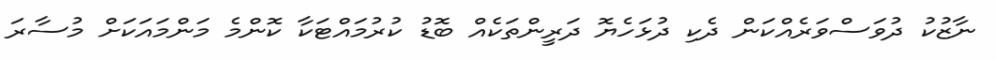
ނާޒުކު ދުވަސްވަރެއްކަން ދެކި ދުޅަހެޔޮ ދަރީންތަކެއް ބޮޑު ކުރުމައްޓަކާ ކޮންމެ މަންމައަކަށް މުސާރަ